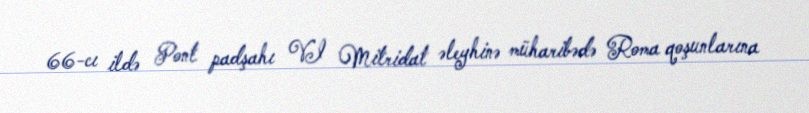
66-cı ildə Pont padşahı VI Mitridat əleyhinə müharibədə Roma qoşunlarına